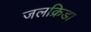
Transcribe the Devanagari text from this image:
जलक्रिडा